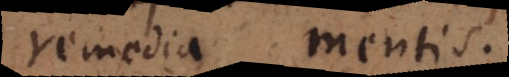
remedia mentis.